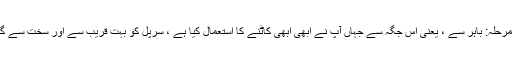
چوتھا مرحلہ: باہر سے ، یعنی اس جگہ سے جہاں آپ نے ابھی ابھی کاٹنے کا استعمال کیا ہے ، سرپل کو بہت قریب سے اور سخت سے گھمائیں۔